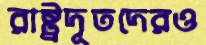
রাষ্ট্রদূতদেরও